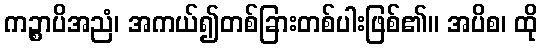
ကဉ္စာပိအညံ၊ အကယ်၍တစ်ခြားတစ်ပါးဖြစ်၏။ အပိစ၊ ထို